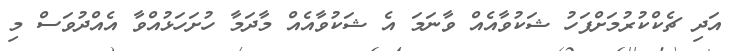
އަދި ޗެކްކުރުމަށްފަހު ޝަކުވާއެއް ވާނަމަ އެ ޝަކުވާއެއް މާދަމާ ހުށަހަޅުއްވާ އެއްދުވަސް މި